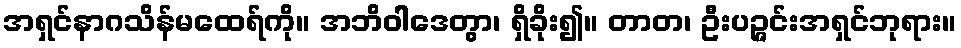
အရှင်နာဂသိန်မထေရ်ကို။ အဘိဝါဒေတွာ၊ ရှိခိုး၍။ တာတ၊ ဦးပဉ္ဇင်းအရှင်ဘုရား။